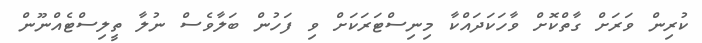
ކުރިން ވަރަށް ގާތްކޮށް ވާހަކަދައްކާ މިނިސްޓަރަކަށް ވި ފަހުން ބަލާވެސް ނުލާ ތީލިސްޓެއްނޫން